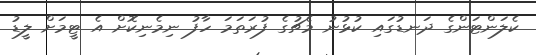
ކެލަންޓަންގެ ދަނޑުގައި ކުޅުުނު މެޗުގެ ފުރަތަމަ ހާފު ނިމެނިކޮށް އެ ޓީމަށް ލީޑު